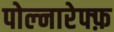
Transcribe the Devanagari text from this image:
पोल्नारेफ्फ़